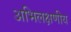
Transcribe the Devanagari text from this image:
अभिलक्षणीय